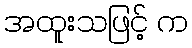
အထူးသဖြင့် က